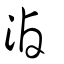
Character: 滷